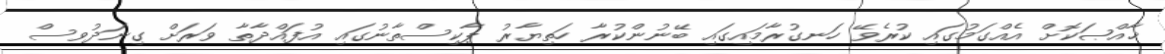
ޚާއްޞަކޮށް އެއްގަމުގައި ކުރެވޭ ހަނގުރާމައިގައި ބޭނުންކުރާ ހަތިޔާރު ޕާކިސްތާނުގައި އުފައްދާތާ ވަރަށް ގިނަދުވސް